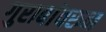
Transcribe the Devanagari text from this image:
गुराबांवरुन